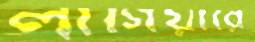
লাগিয়ারে